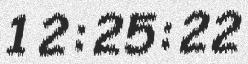
12:25:22